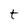
Character: t